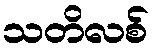
သတိလစ်